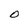
Character: O